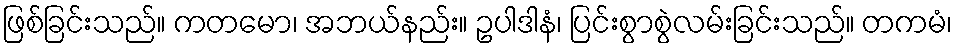
ဖြစ်ခြင်းသည်။ ကတမော၊ အဘယ်နည်း။ ဥပါဒါနံ၊ ပြင်းစွာစွဲလမ်းခြင်းသည်။ တကမံ၊